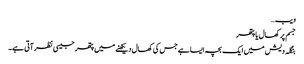
ویب…
جسم پر کھال یا پتھر
بنگلہ دیش میں ایک بچہ ایسا ہے جس کی کھال دیکھنے میں پتھر جیسی نظر آتی ہے۔